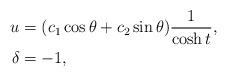
LaTeX: \begin{align*}u &= (c_1\cos\theta+c_2\sin{\theta})\frac{1}{\cosh{t}},\\\delta &=-1,\end{align*}